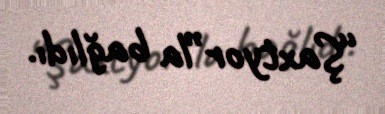
“Şaxtyor”la bağlıdı.